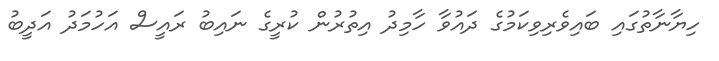
ހިޔާނާތުގައި ބައިވެރިވިކަމުގެ ދައުވާ ހާމިދު އިތުރުން ކުރީގެ ނައިބު ރައީސް އަހުމަދު އަދީބު